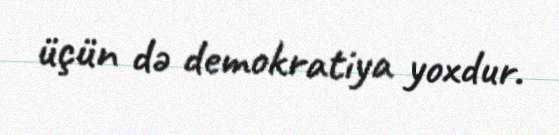
üçün də demokratiya yoxdur.